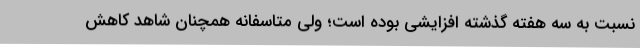
نسبت به سه هفته گذشته افزایشی بوده است؛ ولی متاسفانه همچنان شاهد کاهش